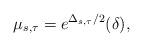
LaTeX: \begin{align*}\mu_{s,\tau}=e^{\Delta_{s,\tau}/2}(\delta),\end{align*}